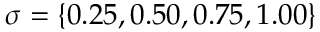
\sigma = \{ 0 . 2 5 , 0 . 5 0 , 0 . 7 5 , 1 . 0 0 \}